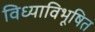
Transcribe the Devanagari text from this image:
विध्याविभूषित